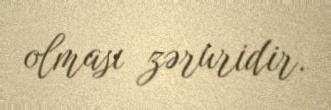
olması zəruridir.